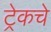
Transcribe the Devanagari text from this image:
ट्रेकचे